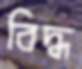
বিদ্ধ